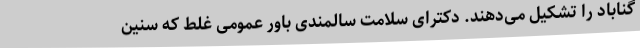
گناباد را تشکیل می‌دهند. دکترای سلامت سالمندی باور عمومی غلط که سنین